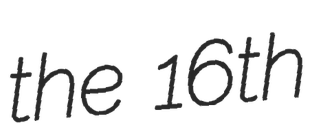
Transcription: the 16th